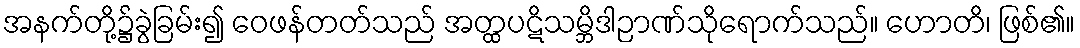
အနက်တို့၌ခွဲခြမ်း၍ ဝေဖန်တတ်သည် အတ္ထပဋိသမ္ဘိဒါဉာဏ်သိုရောက်သည်။ ဟောတိ၊ ဖြစ်၏။